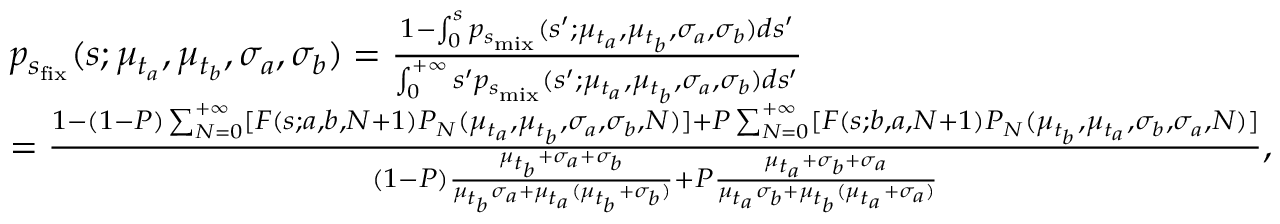
\begin{array} { r l } & { p _ { s _ { \mathrm { f i x } } } ( s ; \mu _ { t _ { a } } , \mu _ { t _ { b } } , \sigma _ { a } , \sigma _ { b } ) = \frac { 1 - \int _ { 0 } ^ { s } p _ { s _ { \mathrm { m i x } } } ( s ^ { \prime } ; \mu _ { t _ { a } } , \mu _ { t _ { b } } , \sigma _ { a } , \sigma _ { b } ) d s ^ { \prime } } { \int _ { 0 } ^ { + \infty } s ^ { \prime } p _ { s _ { \mathrm { m i x } } } ( s ^ { \prime } ; \mu _ { t _ { a } } , \mu _ { t _ { b } } , \sigma _ { a } , \sigma _ { b } ) d s ^ { \prime } } } \\ & { = \frac { 1 - ( 1 - P ) \sum _ { N = 0 } ^ { + \infty } [ F ( s ; a , b , N + 1 ) P _ { N } ( \mu _ { t _ { a } } , \mu _ { t _ { b } } , \sigma _ { a } , \sigma _ { b } , N ) ] + P \sum _ { N = 0 } ^ { + \infty } [ F ( s ; b , a , N + 1 ) P _ { N } ( \mu _ { t _ { b } } , \mu _ { t _ { a } } , \sigma _ { b } , \sigma _ { a } , N ) ] } { ( 1 - P ) \frac { \mu _ { t _ { b } } + \sigma _ { a } + \sigma _ { b } } { \mu _ { t _ { b } } \sigma _ { a } + \mu _ { t _ { a } } ( \mu _ { t _ { b } } + \sigma _ { b } ) } + P \frac { \mu _ { t _ { a } } + \sigma _ { b } + \sigma _ { a } } { \mu _ { t _ { a } } \sigma _ { b } + \mu _ { t _ { b } } ( \mu _ { t _ { a } } + \sigma _ { a } ) } } , } \end{array}